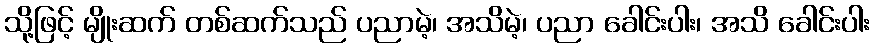
သို့ဖြင့် မျိုးဆက် တစ်ဆက်သည် ပညာမဲ့၊ အသိမဲ့၊ ပညာ ခေါင်းပါး၊ အသိ ခေါင်းပါး